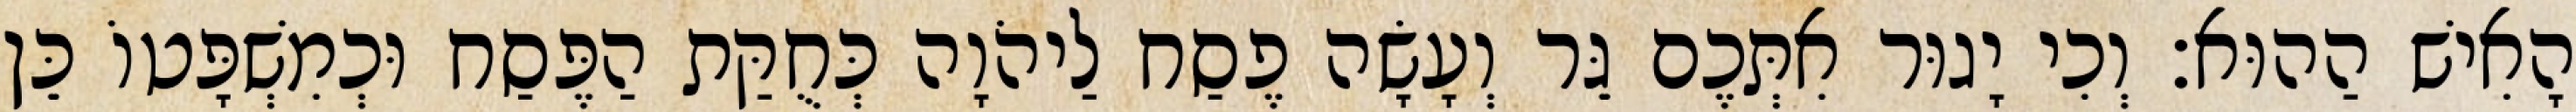
הָאִישׁ הַהוּא׃ וְכִי יָגוּר אִתְּכֶם גֵּר וְעָשָׂה פֶסַח לַיהֹוָה כְּחֻקַּת הַפֶּסַח וּכְמִשְׁפָּטוֹ כֵּן